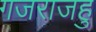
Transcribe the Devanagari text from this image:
गजराजहु